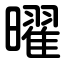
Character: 曜